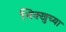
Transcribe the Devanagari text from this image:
भिक्खुच्या